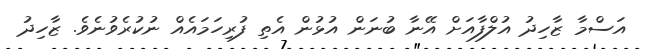
އަސްމާ ޒާހިދު އުލްފާއަށް އޭނާ ބުނަން އުޅުން އެތި ފުރިހަމައެއް ނުކުރެވުނެވެ. ޒާހިދު